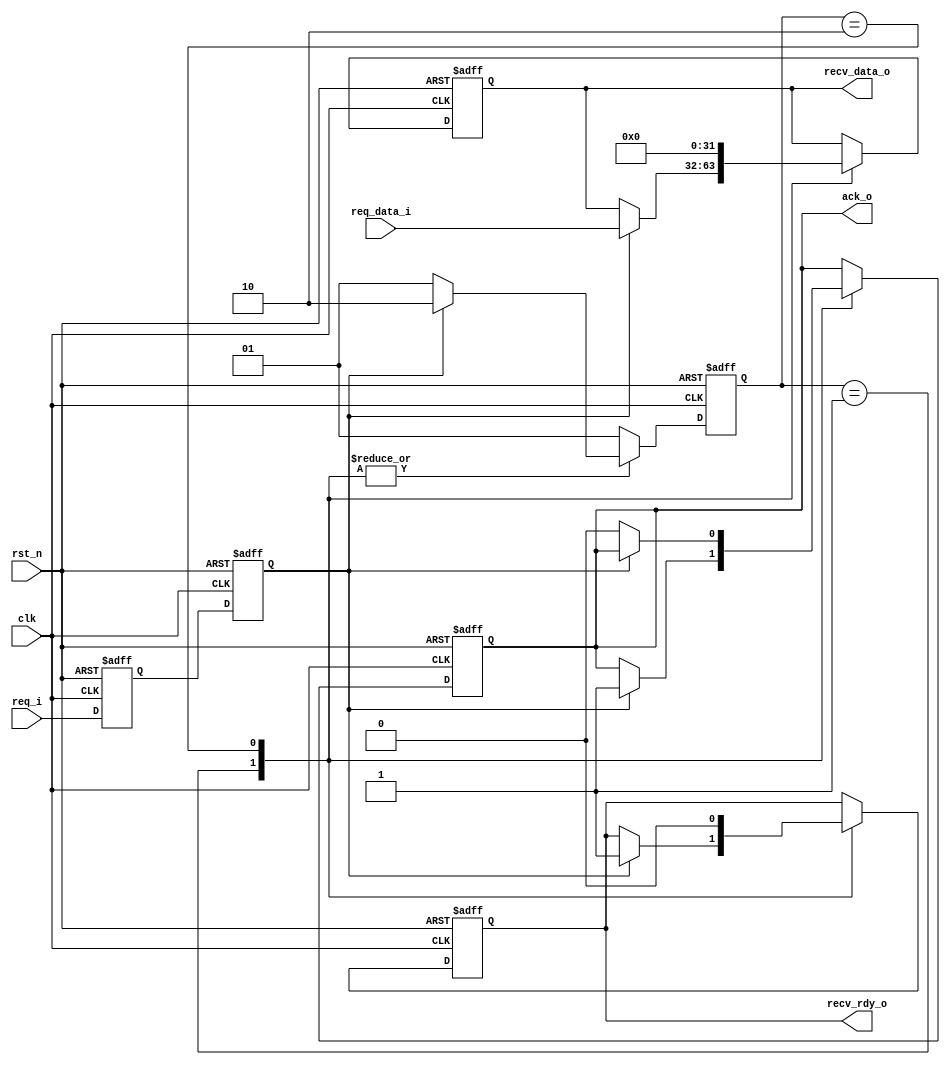
module full_handshake_rx #(
    parameter DW = 32)(             // RX

    input wire clk,                 // RX
    input wire rst_n,               // RX

    // from tx
    input wire req_i,               // TX
    input wire[DW-1:0] req_data_i,  // TX

    // to tx
    output wire ack_o,              // RXTX

    // to rx
    output wire[DW-1:0] recv_data_o,// RX
    output wire recv_rdy_o          // RX

    );

    localparam STATE_IDLE     = 2'b01;
    localparam STATE_DEASSERT = 2'b10;

    reg[1:0] state;
    reg[1:0] state_next;

    always @ (posedge clk or negedge rst_n) begin
        if (!rst_n) begin
            state <= STATE_IDLE;
        end else begin
            state <= state_next;
        end
    end

    always @ (*) begin
        case (state)
            // TXreq=1
            STATE_IDLE: begin
                if (req == 1'b1) begin
                    state_next = STATE_DEASSERT;
                end else begin
                    state_next = STATE_IDLE;
                end
            end
            // req=0
            STATE_DEASSERT: begin
                if (req) begin
                    state_next = STATE_DEASSERT;
                end else begin
                    state_next = STATE_IDLE;
                end
            end
            default: begin
                state_next = STATE_IDLE;
            end
        endcase
    end

    reg req_d;
    reg req;

    // 
    always @ (posedge clk or negedge rst_n) begin
        if (!rst_n) begin
            req_d <= 1'b0;
            req <= 1'b0;
        end else begin
            req_d <= req_i;
            req <= req_d;
        end
    end

    reg[DW-1:0] recv_data;
    reg recv_rdy;
    reg ack;

    always @ (posedge clk or negedge rst_n) begin
        if (!rst_n) begin
            ack <= 1'b0;
            recv_rdy <= 1'b0;
            recv_data <= {(DW){1'b0}};
        end else begin
            case (state)
                STATE_IDLE: begin
                    if (req == 1'b1) begin
                        ack <= 1'b1;
                        recv_rdy <= 1'b1;           // 
                        recv_data <= req_data_i;    // 
                    end
                end
                STATE_DEASSERT: begin
                    recv_rdy <= 1'b0;
                    recv_data <= {(DW){1'b0}};
                    // reqack
                    if (req == 1'b0) begin
                        ack <= 1'b0;
                    end
                end
            endcase
        end
    end

    assign ack_o = ack;
    assign recv_rdy_o = recv_rdy;
    assign recv_data_o = recv_data;

endmodule